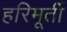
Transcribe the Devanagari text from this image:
हरिमूर्ती